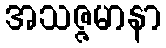
အသဇ္ဇမာနာ